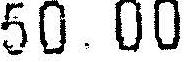
50.00